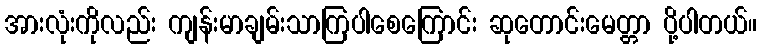
အားလုံးကိုလည်း ကျန်းမာချမ်းသာကြပါစေကြောင်း ဆုတောင်းမေတ္တာ ပို့ပါတယ်။